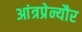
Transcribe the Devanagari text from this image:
आंत्रप्रेन्यौर